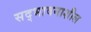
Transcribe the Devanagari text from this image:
सद्‌भावनाशील